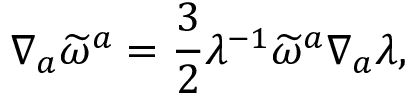
\nabla _ { a } \widetilde { \omega } ^ { a } = \frac { 3 } { 2 } \lambda ^ { - 1 } \widetilde { \omega } ^ { a } \nabla _ { a } \lambda ,